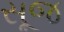
સૂજ